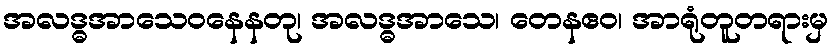
အလဒ္ဓအာသေဝနေနတု၊ အလဒ္ဓအာသေ၊ တေနဧဝ၊ အာရုံတူတရားမှ